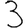
Digit: 3